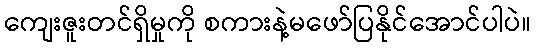
ကျေးဇူးတင်ရှိမှုကို စကားနဲ့မဖော်ပြနိုင်အောင်ပါပဲ။